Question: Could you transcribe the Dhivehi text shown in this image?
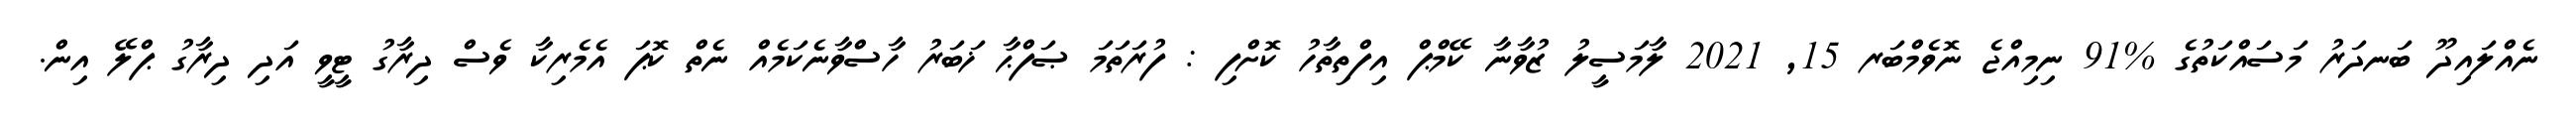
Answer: ނެއްލައިދޫ ބަނދަރު މަސައްކަތުގެ %91 ނިމިއްޖެ ނޮވެމްބަރ 15, 2021 ލާމަސީލު ޒުވާނާ ކޭމްޕް އިފްތިތާހު ކޮށްފި : ފުރަތަމަ ޞަފްޙާ ޚަބަރު ހާސްވާނެކަމެއް ނެތް ކޮޕަ އެމެރިކާ ވެސް ދިރާގު ޓީވީ އަދި ދިރާގު ޕްލޭ އިން.